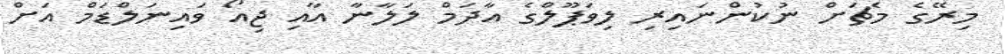
މިރޭގެ މެޗަށް ނުކުންނައިރި ލިވަޕޫލްގެ އާދަމް ލަލާނާ އާއި ޖިއޯ ވައިނަލްޑަމް އަށް